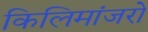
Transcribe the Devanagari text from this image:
किलिमांजरो